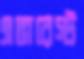
এভারেস্ট